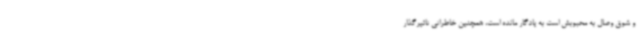
و شوق وصال به محبوبش است به یادگار مانده است، همچنین خاطراتی تاثیرگذار